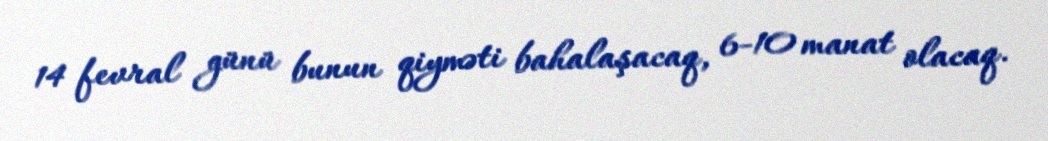
14 fevral günü bunun qiyməti bahalaşacaq, 6-10 manat olacaq.